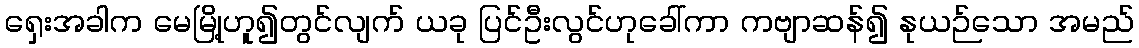
ရှေးအခါက မေမြို့ဟူ၍တွင်လျက် ယခု ပြင်ဦးလွင်ဟုခေါ်ကာ ကဗျာဆန်၍ နုယဉ်သော အမည်